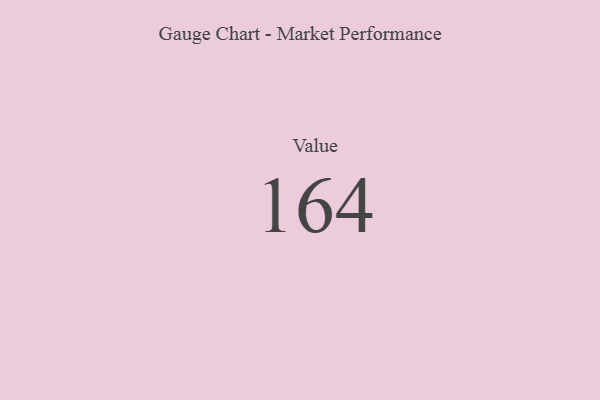
{"axis": {"x": "Metric", "y": "Value"}, "legend": [""], "data": [{"x": "Value", "y": 164, "type": ""}]}